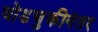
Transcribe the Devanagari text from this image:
घोडचुकीनंतर